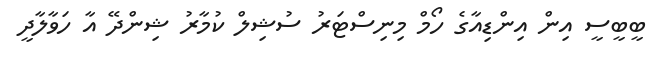
ބީބީސީ އިން އިންޑިއާގެ ހޯމް މިނިސްޓަރު ސުޝިލް ކުމާރު ޝިންދޭ އާ ހަވާލާދީ